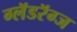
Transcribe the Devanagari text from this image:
ग्लॅडरॅग्ज